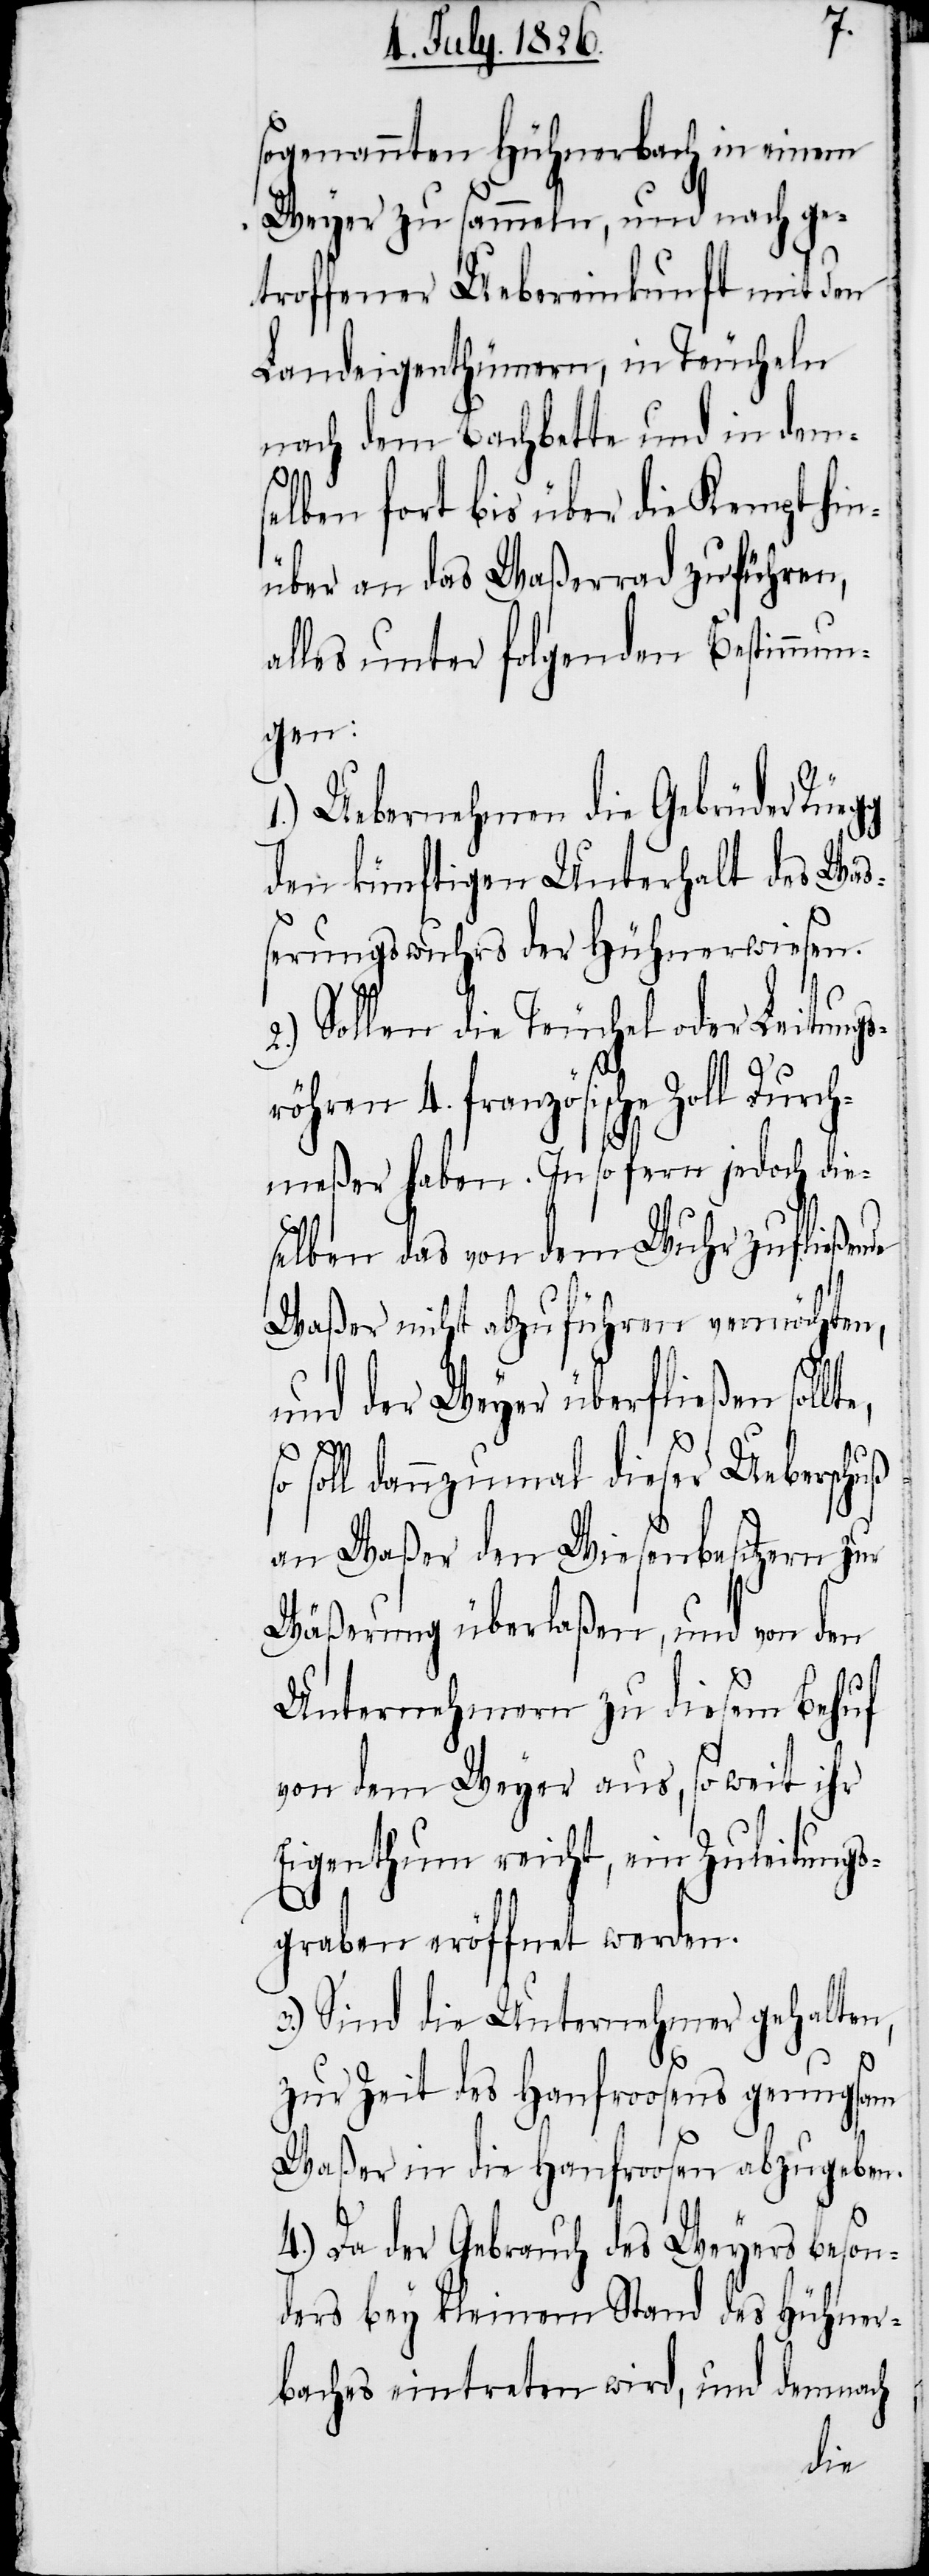
sogenannten Hühnerbach in einem
Weyer zu sammeln, und nach ge¬
troffener Uebereinkunft mit den
Landeigenthümern, in Teucheln
nach dem Bachbette und in dem s¬
elben fort bis über die Kempt hin¬
über an das Waßerrad zu führen,
alles unter folgenden Bestimmun¬
gen:
1.) Uebernehmen die Gebrüder
den künftigen Unterhalt des Wa¬
ßerungswuhrs der Hühnewiesen.
2.) Sollen die Teuchel oder Leitungsr¬
öhren 4. französische Zoll Du¬
rchmeßer haben. In so fern jedoch die¬
selben das von dem Wuhr zufließen¬
Waßer nicht abzuführen vermöchten,
und der Weyer überfließen soll¬
soll dannzumal dieser Ueberschuß
an Waßer den Wiesenbesitzern zur
Wäßerung überlaßen, und von den
Unternehmern zu diesem Behuf
von dem Weyer aus, so weit ihr
Eigenthum reicht, ein Zuleitungs¬
graben eröffnet werden.
3.) Sind die Unternehmer gehalten,
zur Zeit des Hanfroosen genugsam
Waßer in die Hanfroosen abzugeben.
4.) Da der Gebrauch des Weyers beson¬
ders bey kleinem Stand des Hühner¬
baches eintreten wird, und demnach
te,